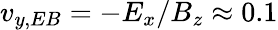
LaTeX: v_{y,EB}=-E_{x}/B_{z}\approx 0.1